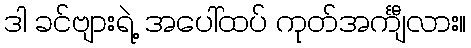
ဒါ ခင်ဗျားရဲ့ အပေါ်ထပ် ကုတ်အင်္ကျီလား။